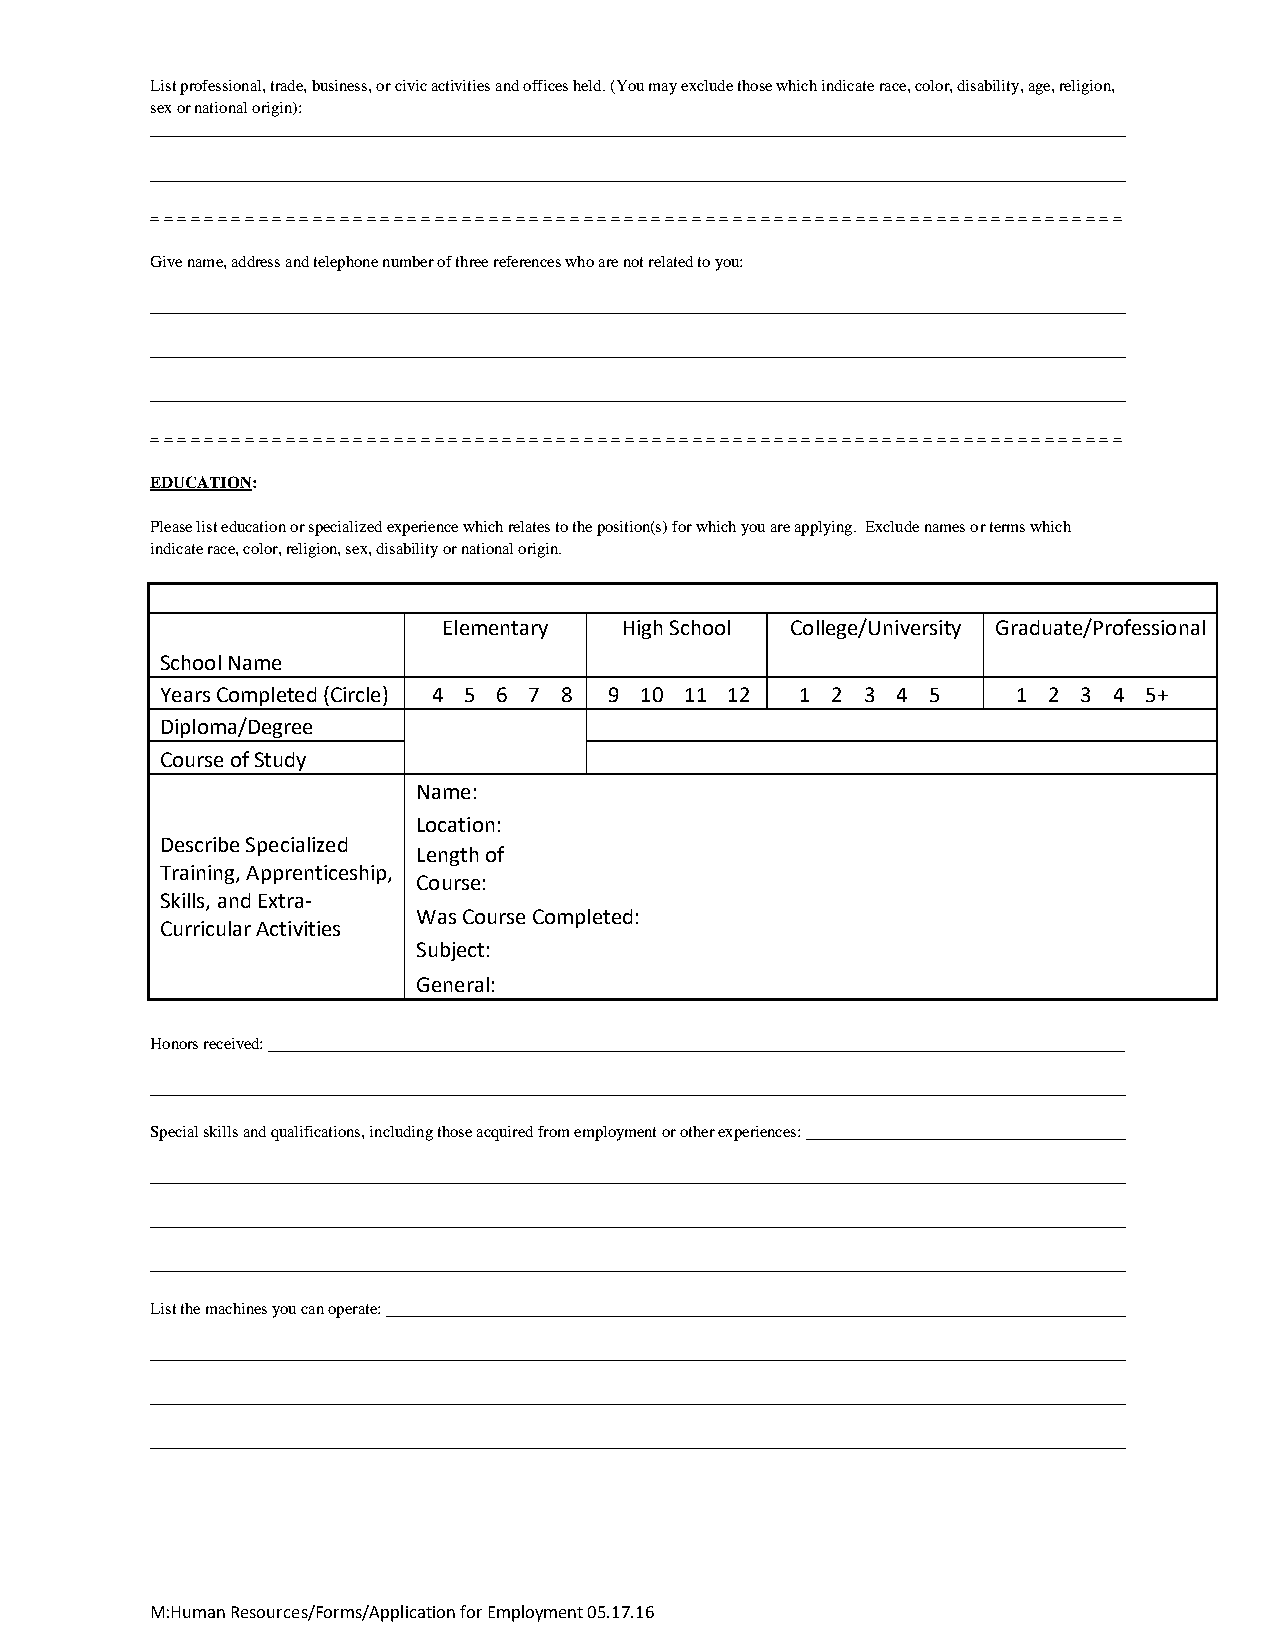
List professional, trade, business, or civic activities and offices held. (You may exclude those which indicate race, color, disability, age, religion,
 sex or national origin):
 = = = = = = = = = = = = = = = = = = = = = = = = = = = = = = = = = = = = = = = = = = = = = = = = = = = = = = = = = = = = = = = = = = = = = = = =
 Give name, address and telephone number of three references who are not related to you:
 = = = = = = = = = = = = = = = = = = = = = = = = = = = = = = = = = = = = = = = = = = = = = = = = = = = = = = = = = = = = = = = = = = = = = = = =
 EDUCATION:
 Please list education or specialized experience which relates to the position(s) for which you are applying. Exclude names or terms which
 indicate race, color, religion, sex, disability or national origin.
 Elementary  High School College/University Graduate/Professional
 School Name
 Years Completed (Circle) 4 5 6 7 8 9 10 11 12 1 2 3 4 5 1 2  3 4 5+
 Diploma/Degree
 Course of Study
 Name:
 Location:
 Describe Specialized
 Length of
 Training, Apprenticeship,
 Course:
 Skills, and Extra-
 Curricular Activities
 Was Course Completed:
 Subject:
 General:
 Honors received:
 Special skills and qualifications, including those acquired from employment or other experiences:
 List the machines you can operate:
 M:Human Resources/Forms/Application for Employment 05.17.16